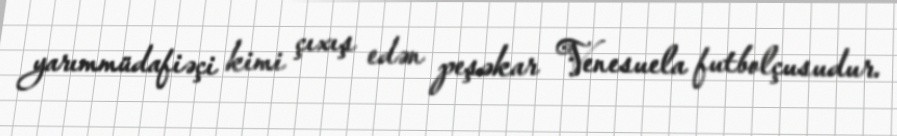
yarımmüdafiəçi kimi çıxış edən peşəkar Venesuela futbolçusudur.